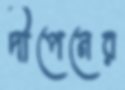
দীপেনের